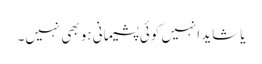
یا شاید انہیں کوئی پشیمانی ہو بھی نہیں۔